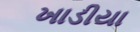
ખાડીયા